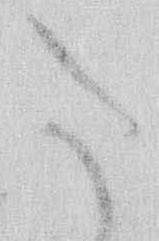
た